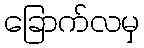
ခြောက်လမှ